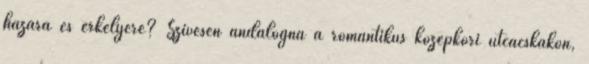
házára és erkélyére? Szívesen andalogna a romantikus középkori utcácskákon,